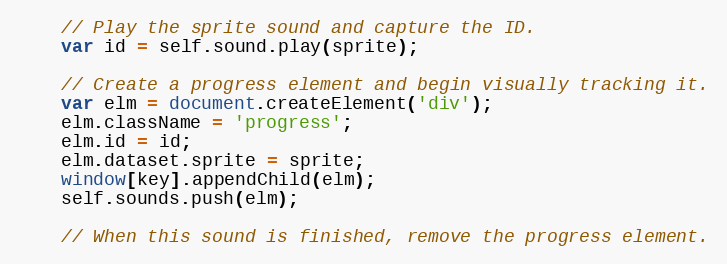
Language: JavaScript
    // Play the sprite sound and capture the ID.
    var id = self.sound.play(sprite);

    // Create a progress element and begin visually tracking it.
    var elm = document.createElement('div');
    elm.className = 'progress';
    elm.id = id;
    elm.dataset.sprite = sprite;
    window[key].appendChild(elm);
    self.sounds.push(elm);

    // When this sound is finished, remove the progress element.